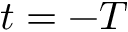
t = - T